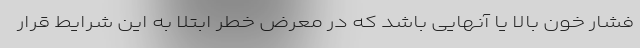
فشار خون بالا یا آنهایی باشد که در معرض خطر ابتلا به این شرایط قرار